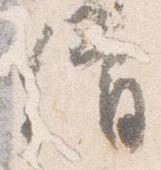
僧